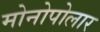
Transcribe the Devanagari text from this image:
मोनोपोलार